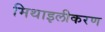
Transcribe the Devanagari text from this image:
मिथाइलीकरण